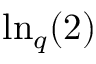
{ \mathrm { l n } } _ { q } ( 2 )